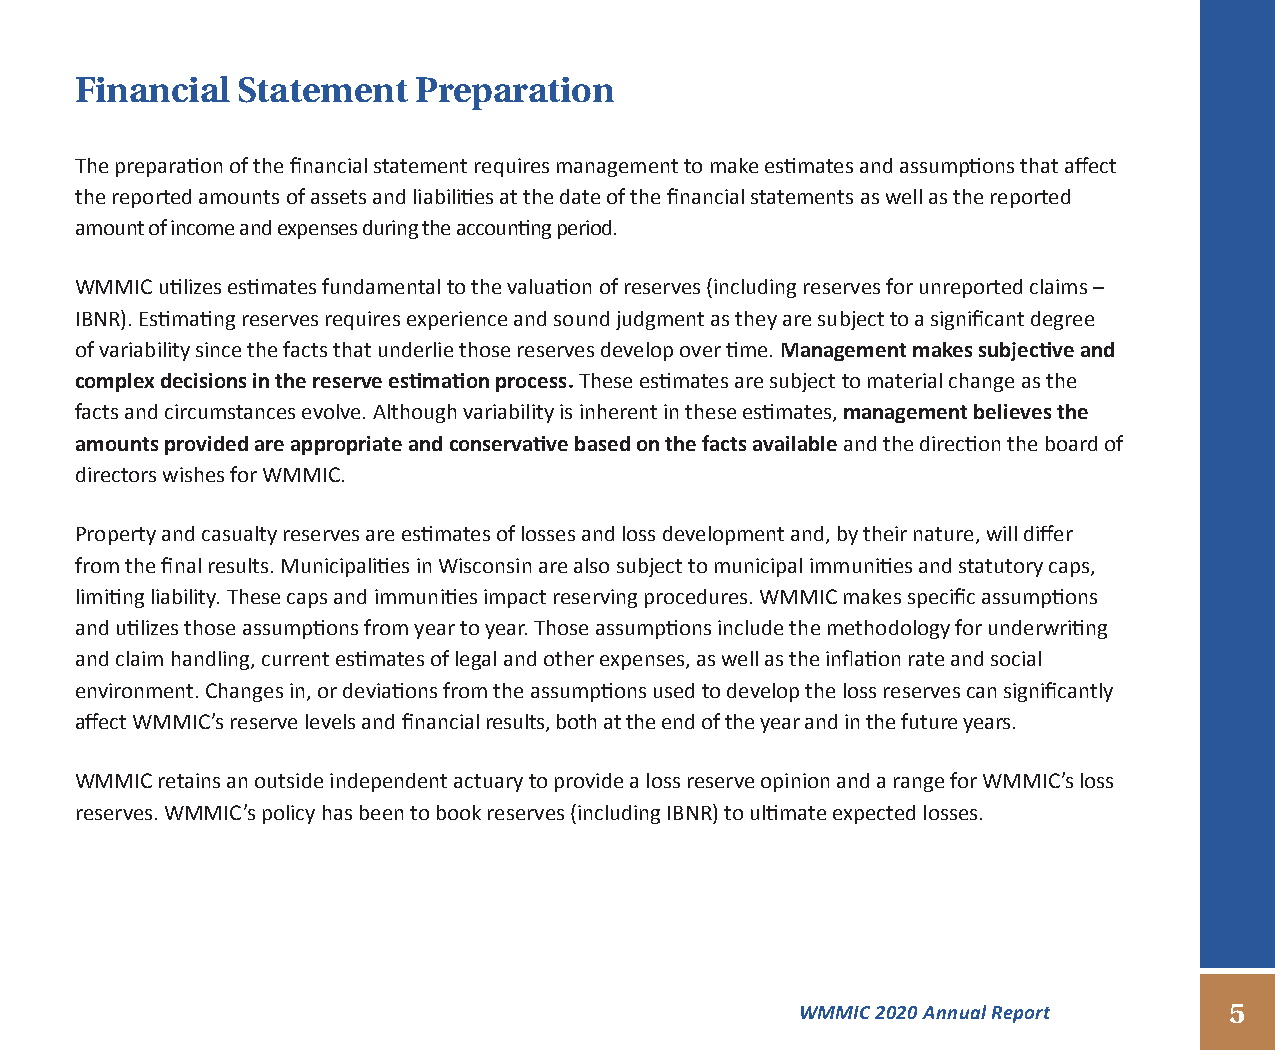
Financial  Statement  Preparation
 The preparation of the financial statement requires management to make estimates and assumptions that affect
 the reported amounts of assets and liabilities at the date of the financial statements as well as the reported
 amount of income and expenses during the accounting period.
 WMMIC utilizes estimates fundamental to the valuation of reserves (including reserves for unreported claims –
 IBNR). Estimating reserves requires experience and sound judgment as they are subject to a significant degree
 of variability since the facts that underlie those reserves develop over time. Management makes subjective and
 complex decisions in the reserve estimation process. These estimates are subject to material change as the
 facts and circumstances evolve. Although variability is inherent in these estimates, management believes the
 amounts provided are appropriate and conservative based on the facts available and the direction the board of
 directors wishes for WMMIC.
 Property and casualty reserves are estimates of losses and loss development and, by their nature, will differ
 from the final results. Municipalities in Wisconsin are also subject to municipal immunities and statutory caps,
 limiting liability. These caps and immunities impact reserving procedures. WMMIC makes specific assumptions
 and utilizes those assumptions from year to year. Those assumptions include the methodology for underwriting
 and claim handling, current estimates of legal and other expenses, as well as the inflation rate and social
 environment. Changes in, or deviations from the assumptions used to develop the loss reserves can significantly
 affect WMMIC’s reserve levels and financial results, both at the end of the year and in the future years.
 WMMIC retains an outside independent actuary to provide a loss reserve opinion and a range for WMMIC’s loss
 reserves. WMMIC’s policy has been to book reserves (including IBNR) to ultimate expected losses.
 WMMIC 2020 Annual Report    5